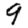
Digit: 9